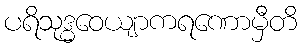
ပရိသုဒ္ဓဝေယျာကရဏောမှီတိ